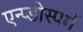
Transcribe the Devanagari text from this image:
एन्प्डोस्पर्म